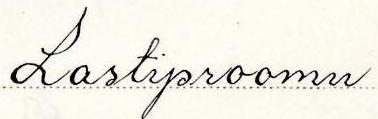
Lastiproomu